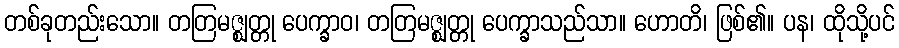
တစ်ခုတည်းသော။ တတြမဇ္ဈတ္တု ပေက္ခာဝ၊ တတြမဇ္ဈတ္တု ပေက္ခာသည်သာ။ ဟောတိ၊ ဖြစ်၏။ ပန၊ ထိုသို့ပင်